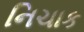
નિચાક